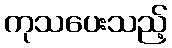
ကုသပေးသည့်